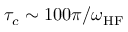
\tau _ { c } \sim 1 0 0 \pi / \omega _ { \mathrm { H F } }